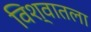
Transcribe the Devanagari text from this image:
विश्वातला